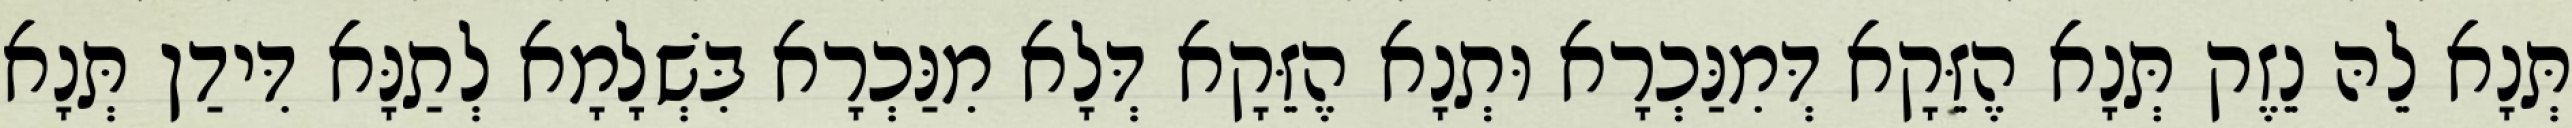
תְּנָא לֵהּ נֵזֶק תְּנָא הֶזֵּקָא דְּמִנַּכְרָא וּתְנָא הֶזֵּקָא דְּלָא מִנַּכְרָא בִּשְׁלָמָא לְתַנָּא דִּידַן תְּנָא